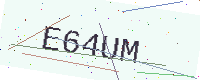
Text: E64UM